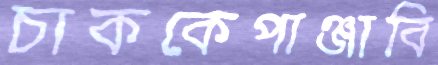
চাককেপাঞ্জাবি